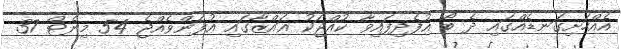
އެއްހަށިގަނޑެއްގައި ދެ ބޯ އުފެދިފައިވާ ކުއްޖަކު ޣައްޒާގައި އުފަންވެއްޖެ 54 މިނެޓް 37